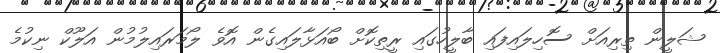
ޝަލީން ތިރިއަށް ސޮހިލައިފައި ބާލީހުގައި ރީތިކޮށް ބޯއަޅާލައިގެން އޮވެ ލޯމަރައިލުމުން އަލޫކް ނިކުމެ